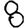
Digit: 8